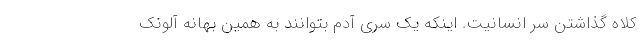
کلاه گذاشتن سر انسانیت. اینکه یک سری آدم بتوانند به همین بهانه آلونک